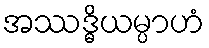
အဿဒ္ဓိယမ္ပာဟံ